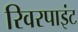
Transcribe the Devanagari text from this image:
रिवरपाइंट